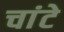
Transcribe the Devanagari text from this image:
चांटे